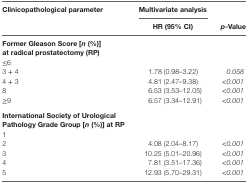
<table><thead><tr><td><b>Clinicopathological parameter</b></td><td><b>Multivariate analysis</b></td><td></td></tr><tr><td></td><td><b>HR (95% CI)</b></td><td><b><i>p</i>-Value</b></td></tr></thead><tbody><tr><td><b>Former Gleason Score [<i>n</i> (%)] at radical prostatectomy (RP)</b></td><td></td><td></td></tr><tr><td>≤6</td><td></td><td></td></tr><tr><td>3 + 4</td><td>1.78 (0.98–3.22)</td><td><i>0.058</i></td></tr><tr><td>4 + 3</td><td>4.81 (2.47–9.38)</td><td>&lt;<i>0.001</i></td></tr><tr><td>8</td><td>6.53 (3.53–12.05)</td><td>&lt;<i>0.001</i></td></tr><tr><td>≥9</td><td>6.57 (3.34–12.91)</td><td>&lt;<i>0.001</i></td></tr><tr><td><b>International Society of Urological Pathology Grade Group [<i>n</i> (%)] at RP</b></td><td></td><td></td></tr><tr><td>1</td><td></td><td></td></tr><tr><td>2</td><td>4.08 (2.04–8.17)</td><td>&lt;<i>0.001</i></td></tr><tr><td>3</td><td>10.25 (5.01–20.96)</td><td>&lt;<i>0.001</i></td></tr><tr><td>4</td><td>7.81 (3.51–17.36)</td><td>&lt;<i>0.001</i></td></tr><tr><td>5</td><td>12.93 (5.70–29.31)</td><td>&lt;<i>0.001</i></td></tr></tbody></table>